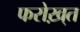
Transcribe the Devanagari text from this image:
फरोख़्त